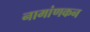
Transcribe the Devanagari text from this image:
नामांणकन